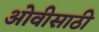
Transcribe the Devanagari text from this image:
ओवीसाठी